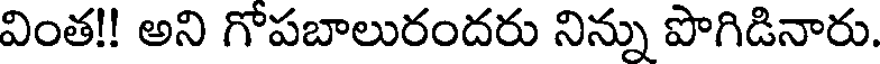
వింత!! అని గోపబాలురందరు నిన్ను పొగిడినారు.